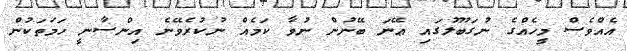
އެއްވެސް މީހެއްގެ ނުގަބޫލުގައި ޢޭނަ ބޭނުން ނުވާ ކަމެއް ނުކުރެވޭނެ އިންސާނީ ހަމަތަކުން